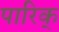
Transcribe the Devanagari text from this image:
पारिक्